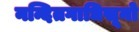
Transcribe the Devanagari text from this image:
नन्दितगाधिसूनो